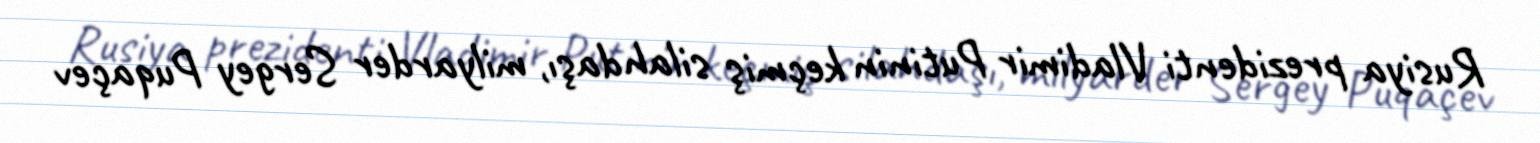
Rusiya prezidenti Vladimir Putinin keçmiş silahdaşı, milyarder Sergey Puqaçev